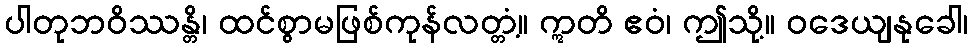
ပါတုဘဝိဿန္တိ၊ ထင်စွာမဖြစ်ကုန်လတ္တံ့။ ဣတိ ဧဝံ၊ ဤသို့။ ဝဒေယျနုခေါ၊